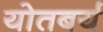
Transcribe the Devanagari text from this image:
योतबर्य